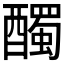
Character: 𲆼